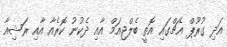
އަދި ގުރޫޕް އެޗްގައި އޮތީ ބެލްޖިއަމް އާއި ދެކުނު ކޮރެއާ އާއި ރަޝިއާ